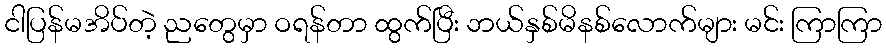
ငါပြန်မအိပ်တဲ့ ညတွေမှာ ဝရန်တာ ထွက်ပြီး ဘယ်နှစ်မိနစ်လောက်များ မင်း ကြာကြာ